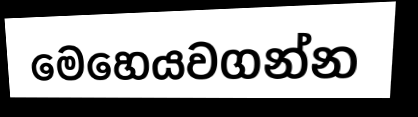
මෙහෙයවගන්න